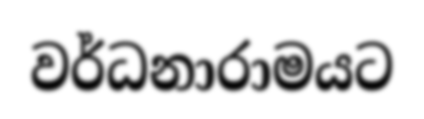
වර්ධනාරාමයට